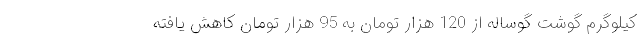
کیلوگرم گوشت گوساله از 120 هزار تومان به 95 هزار تومان کاهش یافته